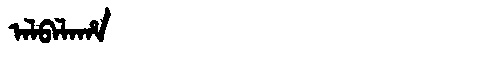
Manchu: ᠠᠯᠪᠠᠯᠠᡥᠠ
Romanization: ALBALAHA